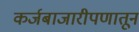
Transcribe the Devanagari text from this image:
कर्जबाजारीपणातून